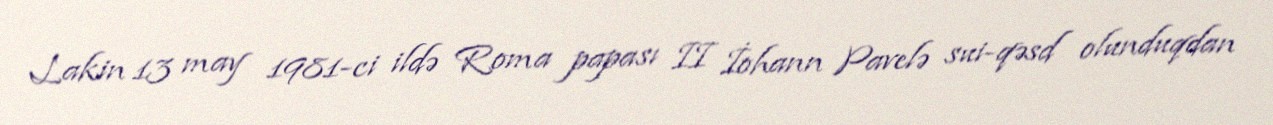
Lakin 13 may 1981-ci ildə Roma papası II İohann Pavelə sui-qəsd olunduqdan